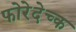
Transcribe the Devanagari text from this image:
फोरेदेच्क